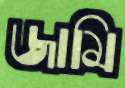
জামি